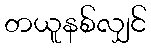
တယူနစ်လျှင်